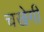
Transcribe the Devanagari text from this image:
चखेगी